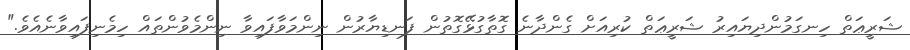
ޝަރީޢަތް ހިނގަމުންދިޔައިރު ޝަރީޢަތް ކުރިއަށް ގެންދާނެ ގޮތާގުޅޭގޮތުން ފަނޑިޔާރުން ނިންމަވާފައިވާ ނިންމެވުންތައް ހިމެނިފައިވާނެއެވެ."